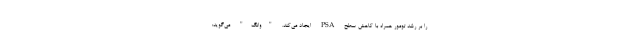
را بر رشد تومور همراه با کاهش سطح PSA ایجاد می‌کند. "وانگ" می‌گوید: